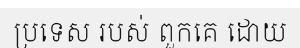
ប្រទេស របស់ ពួកគេ ដោយ